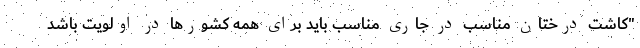
"کاشت درختان مناسب در جاری مناسب باید برای همه کشورها در اولویت باشد